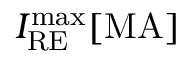
I _ { \mathrm { R E } } ^ { \mathrm { m a x } } \mathrm { [ M A ] }